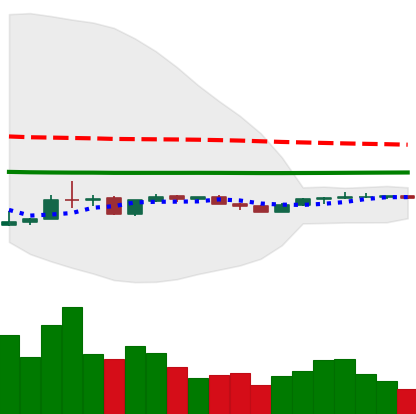
Ticker: LINK-USD
Chart end date: 2020-04-05
Forward return: 41.267%
Label: up_7plus